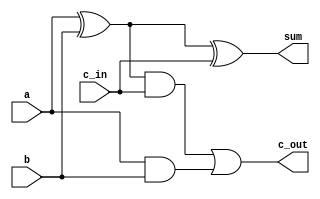
`timescale 1ns / 1ps
//////////////////////////////////////////////////////////////////////////////////
// Company: 
// Engineer: 
// 
// Design Name: 
// Module Name:    Ripple_adder_32_bit 
// Project Name: 
// Target Devices: 
// Tool versions: 
// Description: 
//
// Dependencies: 
//
// Revision: 
// Revision 0.01 - File Created
// Additional Comments: 
//
//////////////////////////////////////////////////////////////////////////////////
// Defining a 1-bit Full Adder
module Full_1bit_Adder(sum, c_out, a, b, c_in);
	
	//Defining i/p and o/p variables
	input a, b, c_in;
	output sum, c_out;

	//Defining wires for internal signal transfers
	wire w1, w2, w3;

	//Defining logic
	xor(w1, a, b);
	and(w2, a, b);
	xor(sum, w1, c_in);
	and(w3, w1, c_in);
	or(c_out, w3, w2);

endmodule


// Defining a 4-bit Full Adder
module Full_4bit_Adder(sum, c_out, a, b, c_in);

	//Defining i/p and o/p variables
	output[3:0] sum;
	output c_out;
	input[3:0] a, b;
	input c_in;

	//Defining wires for internal signal transfers
	wire w1, w2, w3;

	//Using 1-bit Full Adders to define the logic for a 4-bit Full Adder
	Full_1bit_Adder fa_0(sum[0], w1, a[0], b[0], c_in);
	Full_1bit_Adder fa_1(sum[1], w2, a[1], b[1], w1);
	Full_1bit_Adder fa_2(sum[2], w3, a[2], b[2], w2);
	Full_1bit_Adder fa_3(sum[3], c_out, a[3], b[3], w3);

endmodule


// Defining a 16-bit full adder
module Full_16bit_Adder(sum, c_out, a, b, c_in);

	//Defining i/p and o/p variables
	output[15:0] sum;
	output c_out;
	input[15:0] a, b;
	input c_in;

	//Defining wires for internal signal transfers
	wire w1,w2,w3;

	//Using 4-bit Full Adders to define the logic for a 16-bit Full Adder
	Full_4bit_Adder fa4_0(sum[3:0], w1, a[3:0], b[3:0], c_in);
	Full_4bit_Adder fa4_1(sum[7:4], w2, a[7:4], b[7:4], w1);
	Full_4bit_Adder fa4_2(sum[11:8], w3, a[11:8], b[11:8], w2);
	Full_4bit_Adder fa4_3(sum[15:12], c_out, a[15:12], b[15:12], w3);

endmodule


// Defining a 32-bit full adder
module Full_32bit_Adder(sum, c_out, a, b, c_in);

	//Defining i/p and o/p variables
	input[31:0] a, b;
	input c_in;
	output[31:0] sum;
	output c_out;
	
	//Defining wire for internal signal transfers
	wire w1;

	//Using 16-bit Full Adders to define the logic for a 32-bit Full Adder
	Full_16bit_Adder fa16_0(sum[15:0], w1, a[15:0], b[15:0], c_in);
	Full_16bit_Adder fa16_1(sum[31:16], c_out, a[31:16], b[31:16], w1);

endmodule